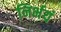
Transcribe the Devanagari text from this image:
निर्भयं